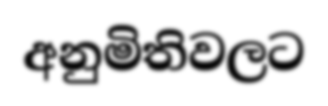
අනුමිතිවලට